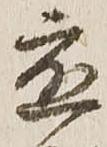
応